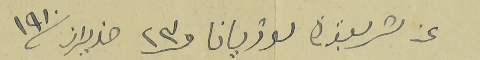
عن تشريفبورت لوزيانا فى ٢٣ حزيران ١٩١٠